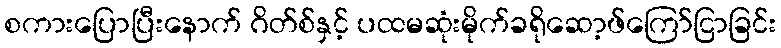
စကားပြောပြီးနောက် ဂိတ်စ်နှင့် ပထမဆုံးမိုက်ခရိုဆော့ဖ်ကြော်ငြာခြင်း